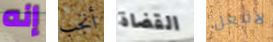
إنه أنجب القضاة لافعل